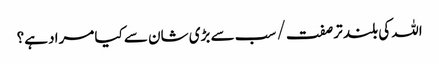
اللہ کی بلند تر صفت / سب سے بڑی شان سے کیا مراد ہے؟